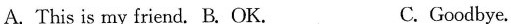
A. this is my friend. B. o k. C. goodbye.